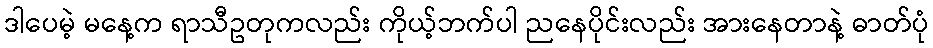
ဒါပေမဲ့ မနေ့က ရာသီဥတုကလည်း ကိုယ့်ဘက်ပါ ညနေပိုင်းလည်း အားနေတာနဲ့ ဓာတ်ပုံ